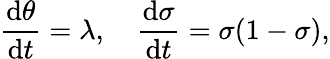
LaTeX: \frac{\mathrm{d}\theta}{\mathrm{d}t}=\lambda,\quad\frac{\mathrm{d}\sigma}{\mathrm{d}t}=\sigma(1-\sigma),